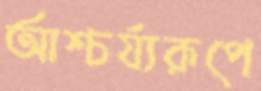
আশ্চর্য্যরূপে